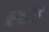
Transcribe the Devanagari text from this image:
चार्पाक